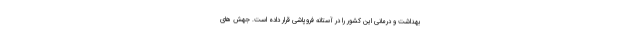
بهداشت و درمانی این کشور را در آستانه فروپاشی قرار داده است. جهش های